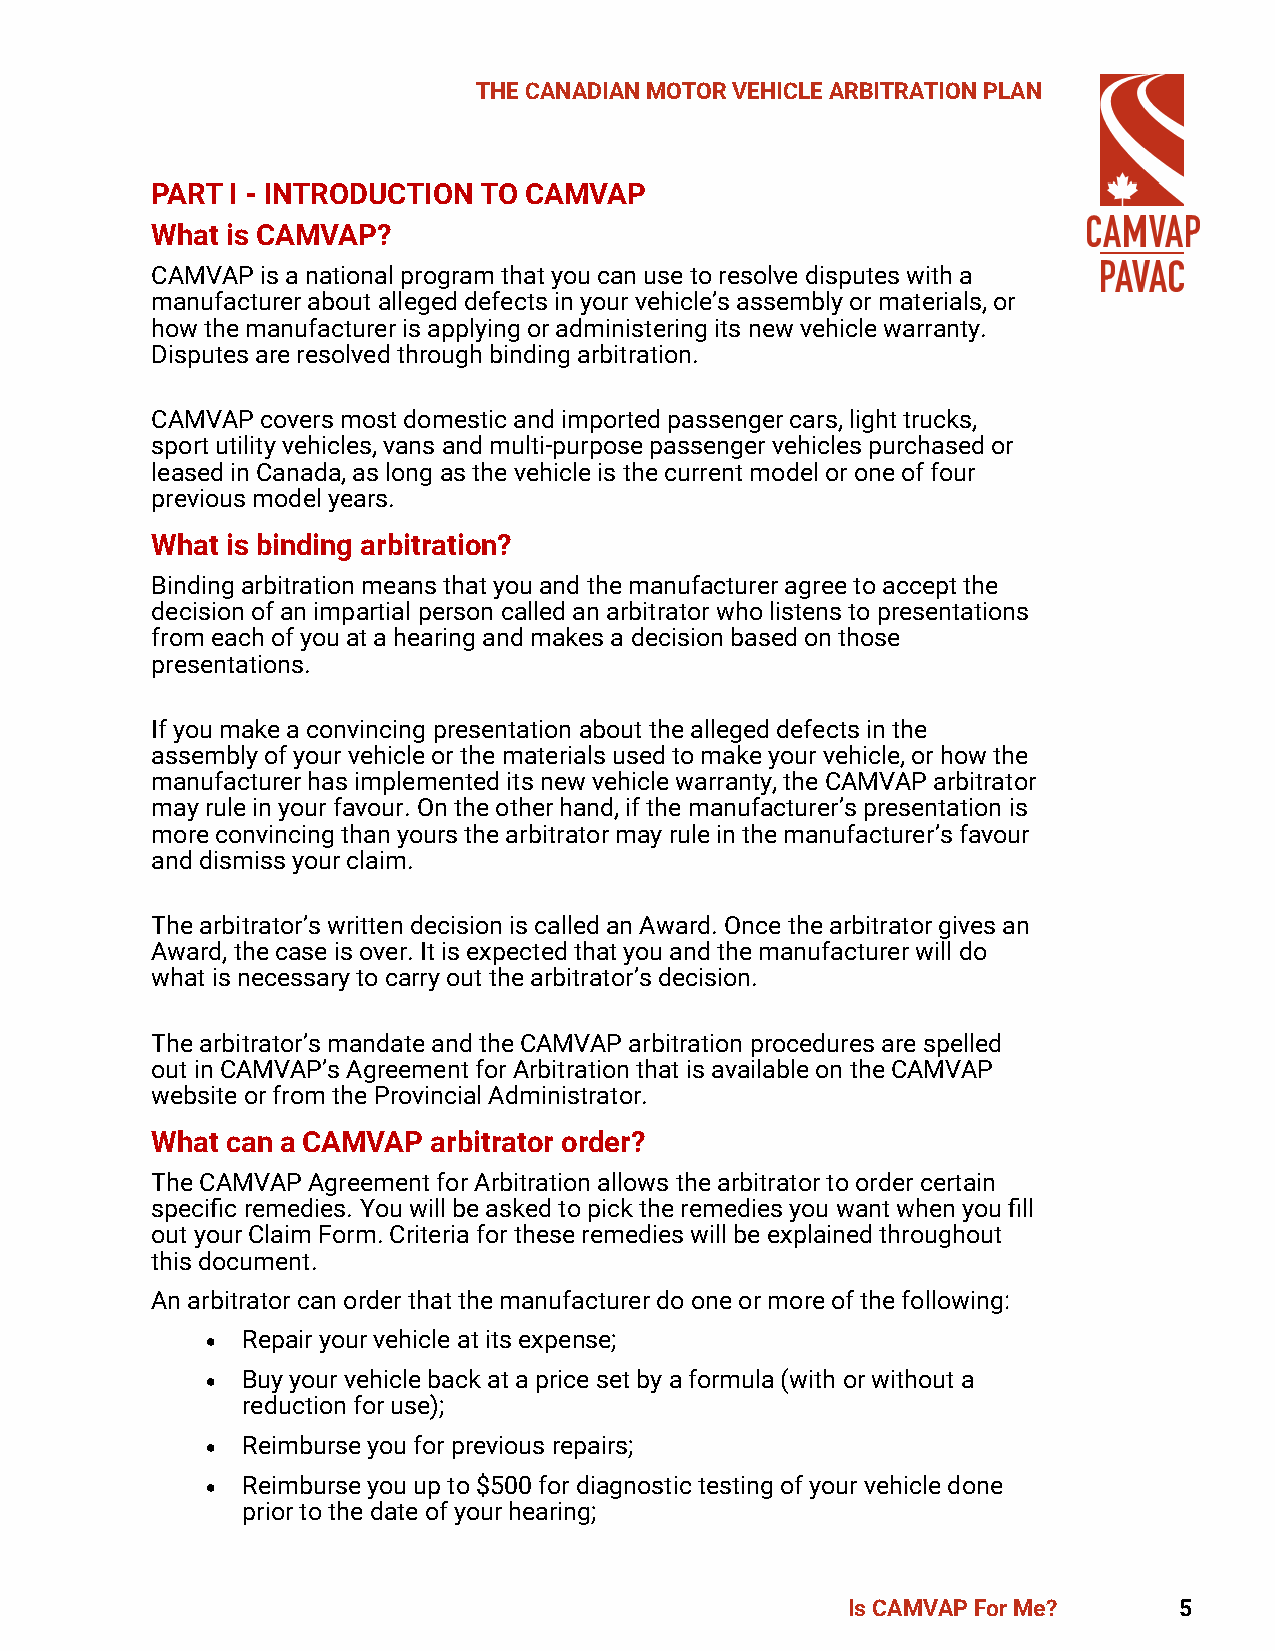
THE CANADIAN MOTOR VEHICLE ARBITRATION PLAN
 PART I - INTRODUCTION TO CAMVAP
 What is CAMVAP?
 CAMVAP is a national program that you can use to resolve disputes with a
 manufacturer about alleged defects in your vehicle’s assembly or materials, or
 how the manufacturer is applying or administering its new vehicle warranty.
 Disputes are resolved through binding arbitration.
 CAMVAP covers most domestic and imported passenger cars, light trucks,
 sport utility vehicles, vans and multi-purpose passenger vehicles purchased or
 leased in Canada, as long as the vehicle is the current model or one of four
 previous model years.
 What is binding arbitration?
 Binding arbitration means that you and the manufacturer agree to accept the
 decision of an impartial person called an arbitrator who listens to presentations
 from each of you at a hearing and makes a decision based on those
 presentations.
 If you make a convincing presentation about the alleged defects in the
 assembly of your vehicle or the materials used to make your vehicle, or how the
 manufacturer has implemented its new vehicle warranty, the CAMVAP arbitrator
 may rule in your favour. On the other hand, if the manufacturer’s presentation is
 more convincing than yours the arbitrator may rule in the manufacturer’s favour
 and dismiss your claim.
 The arbitrator’s written decision is called an Award. Once the arbitrator gives an
 Award, the case is over. It is expected that you and the manufacturer will do
 what is necessary to carry out the arbitrator’s decision.
 The arbitrator’s mandate and the CAMVAP arbitration procedures are spelled
 out in CAMVAP’s Agreement for Arbitration that is available on the CAMVAP
 website or from the Provincial Administrator.
 What can a CAMVAP  arbitrator order?
 The CAMVAP Agreement for Arbitration allows the arbitrator to order certain
 specific remedies. You will be asked to pick the remedies you want when you fill
 out your Claim Form. Criteria for these remedies will be explained throughout
 this document.
 An arbitrator can order that the manufacturer do one or more of the following:
 • Repair your vehicle at its expense;
 • Buy your vehicle back at a price set by a formula (with or without a
 reduction for use);
 • Reimburse you for previous repairs;
 • Reimburse you up to $500 for diagnostic testing of your vehicle done
 prior to the date of your hearing;
 Is CAMVAP For Me?     5